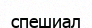
спешиал